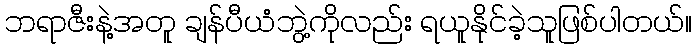
ဘရာဇီးနဲ့အတူ ချန်ပီယံဘွဲ့ကိုလည်း ရယူနိုင်ခဲ့သူဖြစ်ပါတယ်။